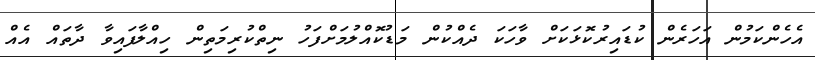
އެހެންކަމުން އަހަރެން ކުޑައިރުކޮޅަކަށް ވާހަކަ ދެއްކުން މަޑުކޮއްލުމަށްފަހު ނިތްކުރިމަތިން ހިއްލާފައިވާ ދާތައް އެއް